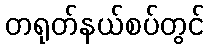
တရုတ်နယ်စပ်တွင်